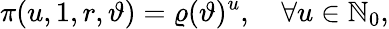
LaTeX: \pi(u,1,r,\vartheta)=\varrho(\vartheta)^{u},\quad\forall u\in\mathbb{N}_{0},